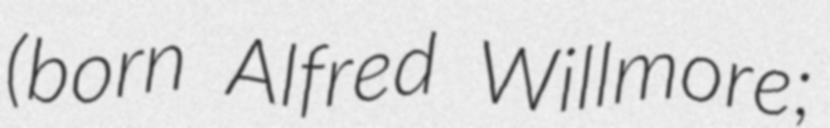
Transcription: (born Alfred Willmore;